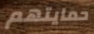
حمايتهم